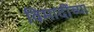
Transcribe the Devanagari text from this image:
विमादींच्या